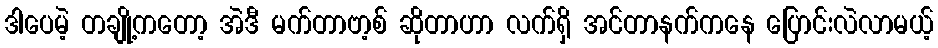
ဒါပေမဲ့ တချို့ကတော့ အဲဒီ မက်တာဗာ့စ် ဆိုတာဟာ လက်ရှိ အင်တာနက်ကနေ ပြောင်းလဲလာမယ့်